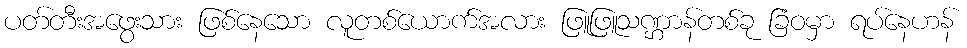
ပတ်တီးအဖွေးသား ဖြစ်နေသော လူတစ်ယောက်အလား ဖြူဖြူသဏ္ဌာန်တစ်ခု ခြံဝမှာ ရပ်နေဟန်